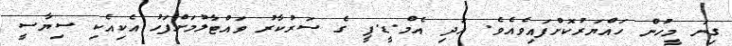
ގިނަ މީހުން ހައްޔަރުކޮށްފައިވެއެވެ. އަދި އެމް.ޑީ.ޕީ ގެ ސަރުކާރު ވައްޓާލުމަށްފަހު އެކިއެކި ސިޔާސީ